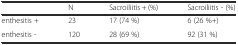
<table><thead><tr><td></td><td><b>N</b></td><td><b>Sacroiliitis + (%)</b></td><td><b>Sacroiliitis - (%)</b></td></tr></thead><tbody><tr><td>enthesitis +</td><td>23</td><td>17 (74 %)</td><td>6 (26 %+)</td></tr><tr><td>enthesitis -</td><td>120</td><td>28 (69 %)</td><td>92 (31 %)</td></tr></tbody></table>